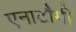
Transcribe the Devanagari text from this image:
एनाटौमी